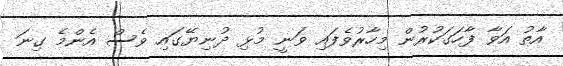
އާތު އަވާ ފާހަގަކުރުން މިހާރުވެފައި ވަނީ މުޅި ދުނިޔޭގައި ވެސް އެންމެ ގިނަ